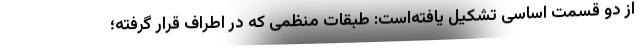
از دو قسمت اساسی تشکیل یافته‌است: طبقات منظمی که در اطراف قرار گرفته؛